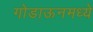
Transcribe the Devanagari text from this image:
गोडाऊनमध्ये